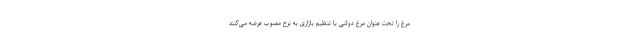
مرغ را تحت عنوان مرغ دولتی یا تنظیم بازاری به نرخ مصوب عرضه می‌کنند